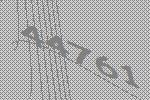
44761